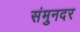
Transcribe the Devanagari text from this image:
संमुनदर